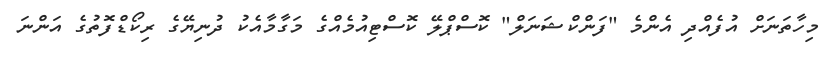
މިހާތަނަށް އުފެއްދި އެންމެ "ފަންކްޝަނަލް" ކޮސްޕްލޭ ކޮސްޓިއުމެއްގެ މަގާމާއެކު ދުނިޔޭގެ ރިކޯޑްފޮތުގެ އަންނަ